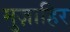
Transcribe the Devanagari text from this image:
मुज़ाहिर